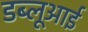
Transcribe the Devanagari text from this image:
डब्लूआई